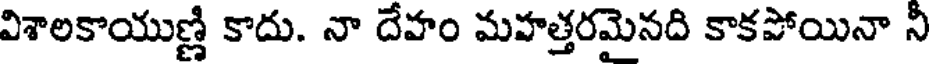
విశాలకాయుణ్ణి కాదు. నా దేహం మహత్తరమైనది కాకపోయినా నీ